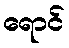
ရောင်